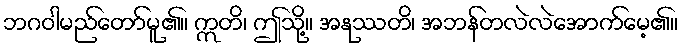
ဘဂဝါမည်တော်မူ၏။ ဣတိ၊ ဤသို့။ အနုဿတိ၊ အဘန်တလဲလဲအောက်မေ့၏။